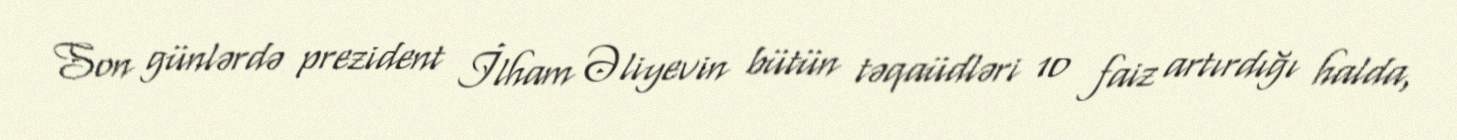
Son günlərdə prezident İlham Əliyevin bütün təqaüdləri 10 faiz artırdığı halda,